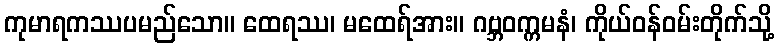
ကုမာရကဿပမည်သော။ ထေရဿ၊ မထေရ်အား။ ဂဗ္ဘဝက္ကမနံ၊ ကိုယ်ဝန်ဝမ်းတိုက်သို့